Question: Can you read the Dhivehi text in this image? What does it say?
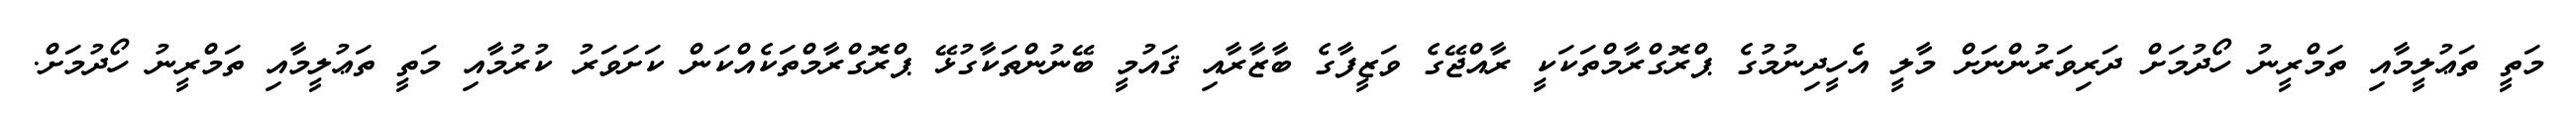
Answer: މަތީ ތަޢުލީމާއި ތަމްރީނު ހޯދުމަށް ދަރިވަރުންނަށް މާލީ އެހީދިނުމުގެ ޕްރޮގްރާމްތަކަކީ ރާއްޖޭގެ ވަޒީފާގެ ބާޒާރާއި ޤައުމީ ބޭނުންތަކާގުޅޭ ޕްރޮގްރާމްތަކެއްކަން ކަށަވަރު ކުރުމާއި މަތީ ތަޢުލީމާއި ތަމްރީނު ހޯދުމަށް.